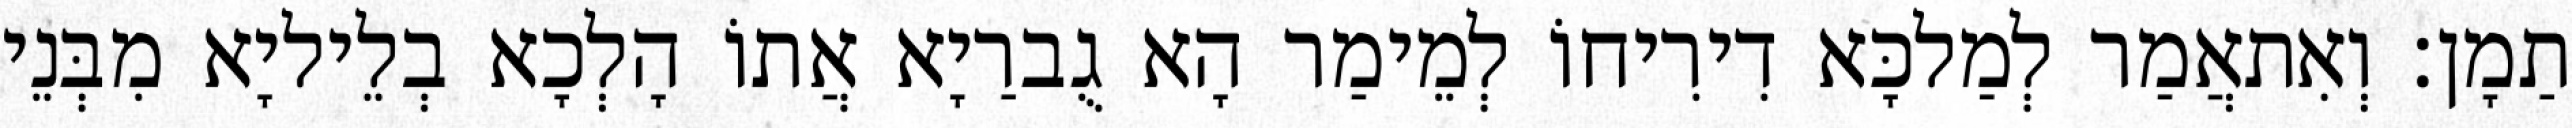
תַמָן׃ וְאִתאֲמַר לְמַלכָּא דִירִיחוֹ לְמֵימַר הָא גֻברַיָא אֲתוֹ הָלְכָא בְלֵיליָא מִבְּנֵי